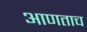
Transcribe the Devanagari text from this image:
आणताच